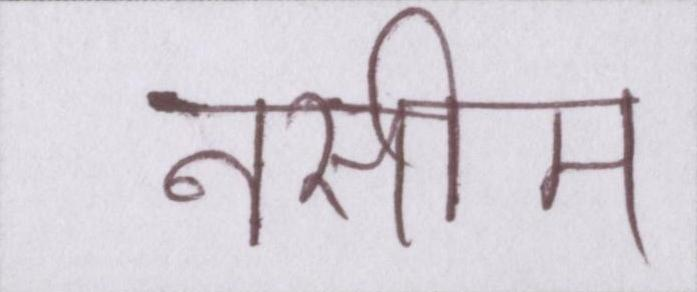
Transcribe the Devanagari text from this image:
नसीम